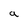
Character: a